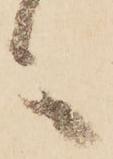
言